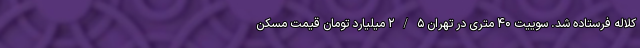
کلاله فرستاده شد. سوییت ۴۰ متری در تهران ۲/۵ میلیارد تومان قیمت مسکن